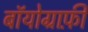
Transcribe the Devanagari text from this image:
बॉयोग्राफ़ी